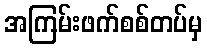
အကြမ်းဖက်စစ်တပ်မှ